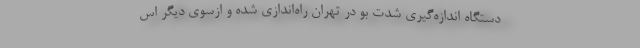
دستگاه اندازه‌گیری شدت بو در تهران راه‌اندازی شده و ازسوی دیگر اس